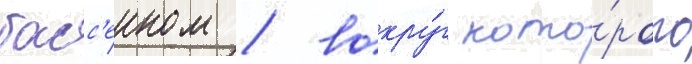
басс'еином / вокру́г кото́рого